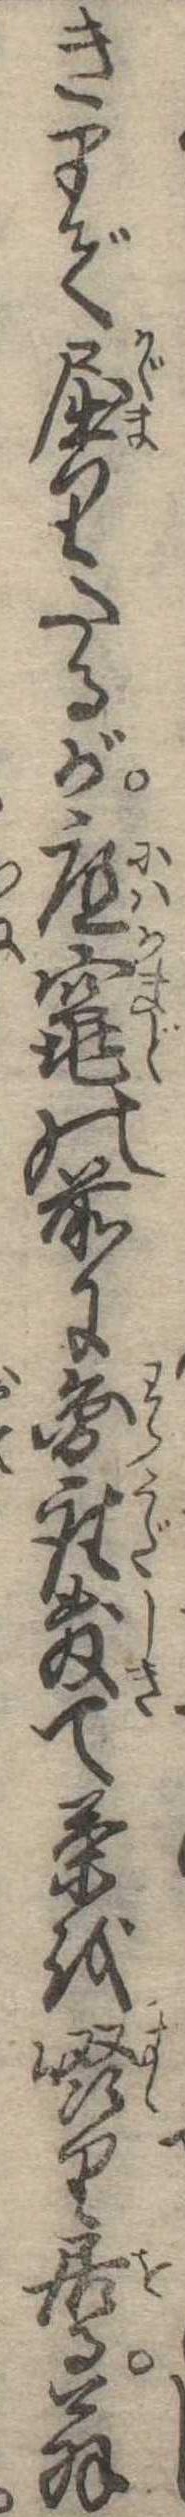
きまで屈りたるが庭竃の前に円座敷て茶を啜り居る翁